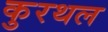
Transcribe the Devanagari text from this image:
कुरथल